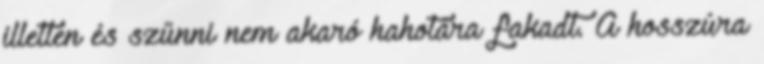
illetlen és szűnni nem akaró hahotára fakadt. A hosszúra